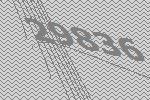
29836